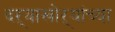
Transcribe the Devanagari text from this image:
दऱ्याखोऱ्यांच्या